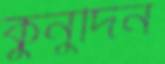
কুনুদিন